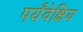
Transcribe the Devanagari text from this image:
पर्यंवेक्षिय